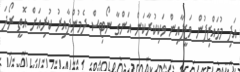
އަދި މުވައްޒިފުން ވަޒީފާއިން ވަކިކުރާކަން އަންގާ ނޯޓިސް ދެމުންދާއިރު ކުރިއަށް އޮތީ ރޯދަ